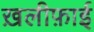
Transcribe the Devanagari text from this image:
ख़लीफ़ाई